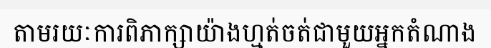
តាមរយៈការពិភាក្សាយ៉ាងហ្មត់ចត់ជាមួយអ្នកតំណាង